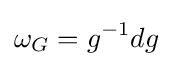
\omega _{G}=g^{-1}dg